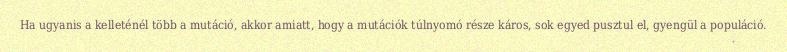
Ha ugyanis a kelleténél több a mutáció, akkor amiatt, hogy a mutációk túlnyomó része káros, sok egyed pusztul el, gyengül a populáció.